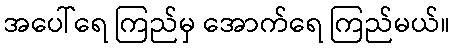
အပေါ်ရေ ကြည်မှ အောက်ရေ ကြည်မယ်။